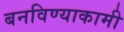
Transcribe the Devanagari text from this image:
बनविण्याकामी